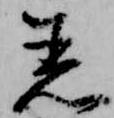
着